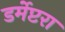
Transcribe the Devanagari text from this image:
डर्मेप्टरा